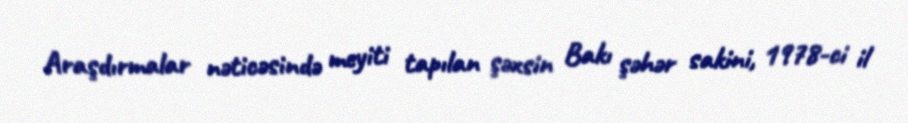
Araşdırmalar nəticəsində meyiti tapılan şəxsin Bakı şəhər sakini, 1978-ci il